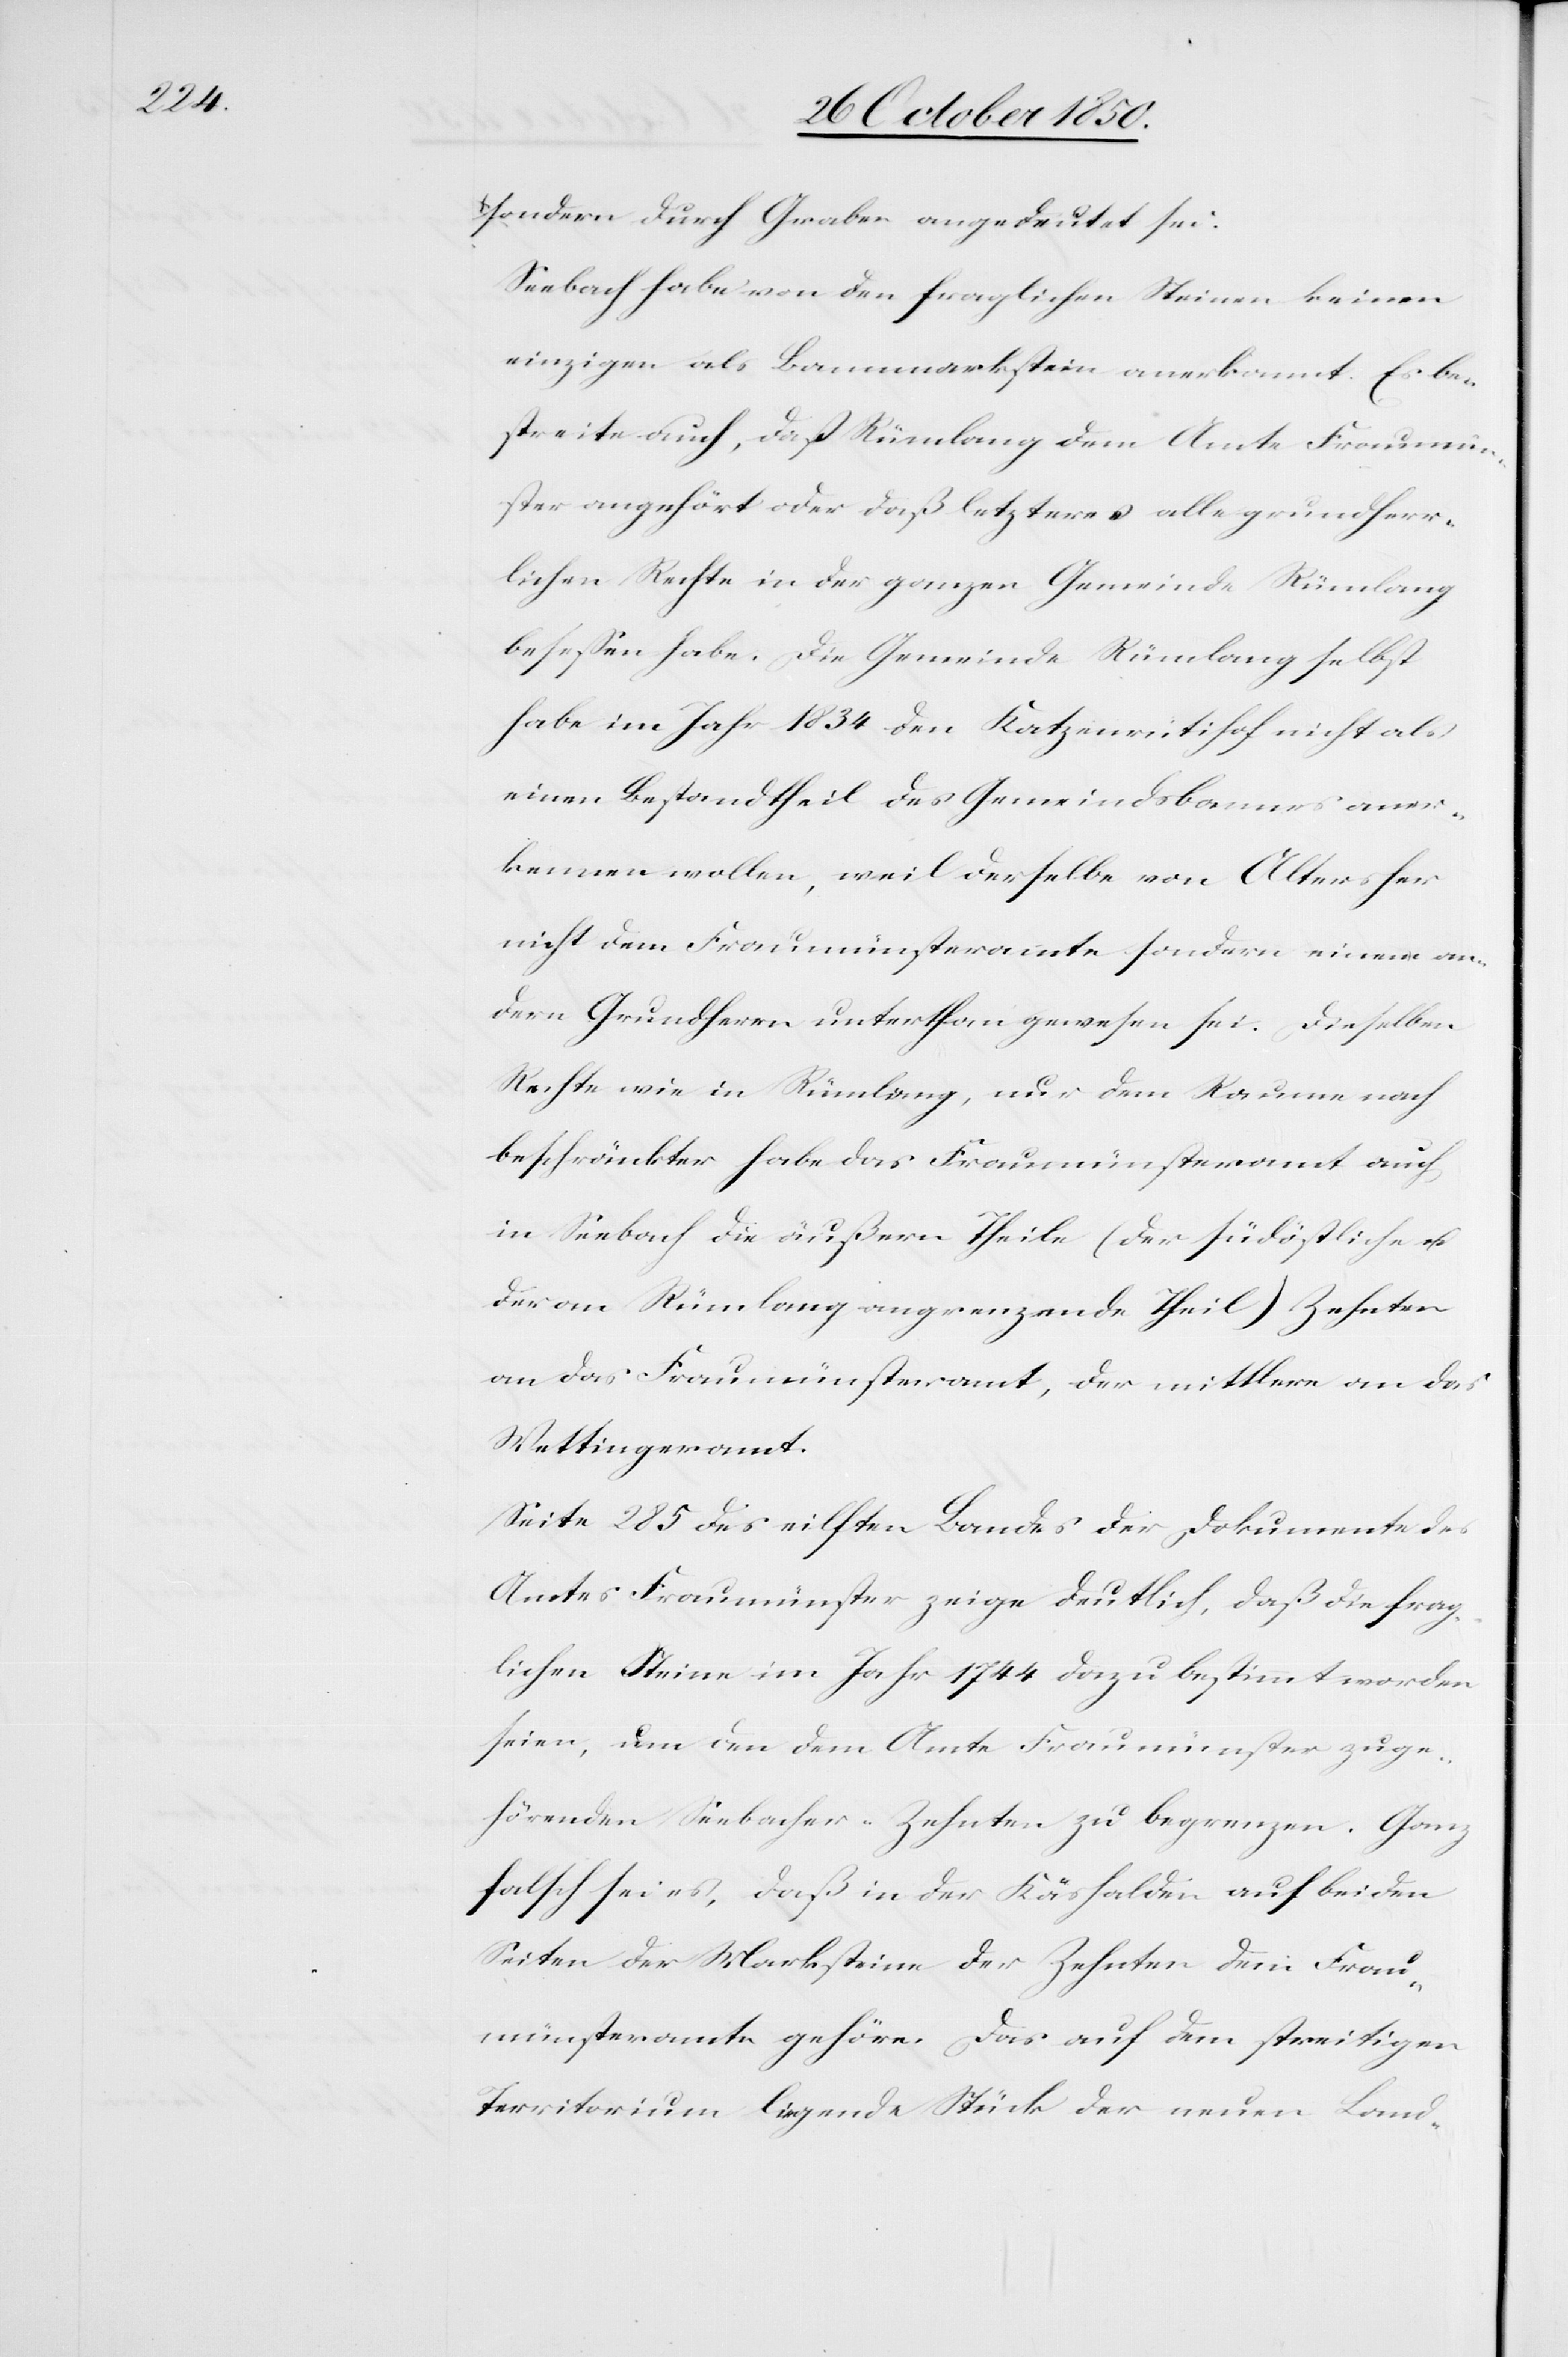
sondern durch Graben angedeutet sei.
Seebach habe von den fraglichen Steinen keinen
einzigen als Bannmarkstein anerkannt. Es be¬
streite auch, dass Rümlang dem Amte Fraumün¬
ster angehört oder daß letzteres alle grundherr¬
lichen Rechte in der ganzen Gemeinde Rümlang
besessen habe. Die Gemeinde Rümlang selbst
habe im Jahr 1834 den Katzenrütihof nicht als
einen Bestandtheil des Gemeindsbannes aner¬
kennen wollen, weil derselbe von Alters her
nicht dem Fraumünsteramte sondern einem an¬
dern Grundherrn unterthan gewesen sei. Dieselben
Rechte wie in Rümlang, nur dem Raume nach
beschränkter habe das Fraumünsteramt auch
in Seebach[.] Die äußern Theile (der südöstliche u.
der an Rümlang angrenzende Theil) Zehnten
an das Fraumünsteramt, der mittlere an das
Wettingeramt.
Seite 285 des eilften Bandes der Dokumente des
Amtes Fraumünster zeige deutlich, daß die frag¬
lichen Steine im Jahr 1744 dazu bestimmt worden
seien, um den dem Amte Fraumünster zuge¬
hörenden Seebacher-Zehnten zu begrenzen. Ganz
falsch sei es, daß in der Käshalden auf beiden
Seiten der Marksteine der Zehnten dem Frau¬
münsteramte gehöre. Das auf dem streitigen
Territorium liegende Stück der neuen Land-